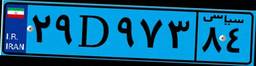
۸۷D۳۰۵۹۸